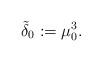
LaTeX: \begin{align*}\tilde{\delta}_{0}:=\mu_{0}^{3}.\end{align*}